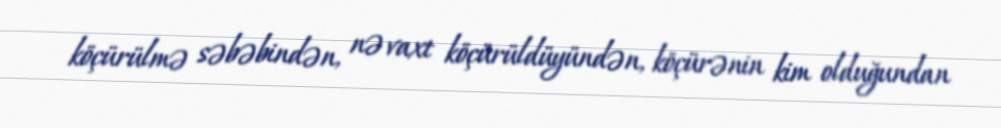
köçürülmə səbəbindən, nə vaxt köçürüldüyündən, köçürənin kim olduğundan